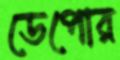
ডেপোর